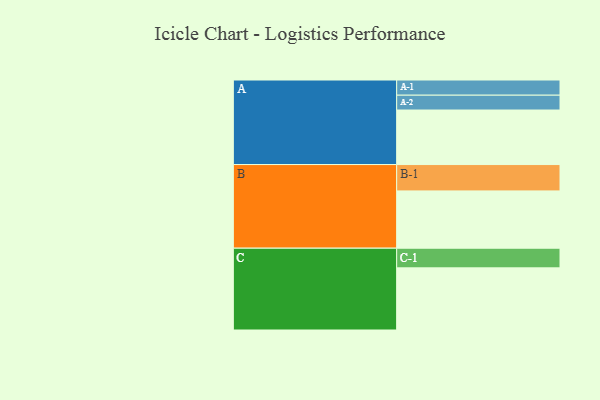
{"axis": {"x": "Segment", "y": "Value"}, "legend": ["", "A", "B", "C"], "data": [{"x": "A", "y": 474, "type": ""}, {"x": "B", "y": 498, "type": ""}, {"x": "C", "y": 540, "type": ""}, {"x": "A-1", "y": 132, "type": "A"}, {"x": "A-2", "y": 129, "type": "A"}, {"x": "B-1", "y": 229, "type": "B"}, {"x": "C-1", "y": 171, "type": "C"}]}